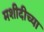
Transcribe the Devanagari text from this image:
मशीदीच्या